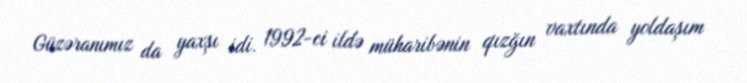
Güzəranımız da yaxşı idi. 1992-ci ildə müharibənin qızğın vaxtında yoldaşım